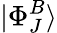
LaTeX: |\Phi_{J}^{B}\rangle